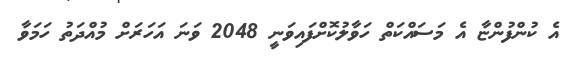
އެ ކުންފުންޏާ އެ މަސައްކަތް ހަވާލުކޮށްފައިވަނީ 2048 ވަނަ އަހަރަށް މުއްދަތު ހަމަވާ